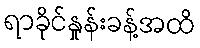
ရာခိုင်နှုန်းခန့်အထိ